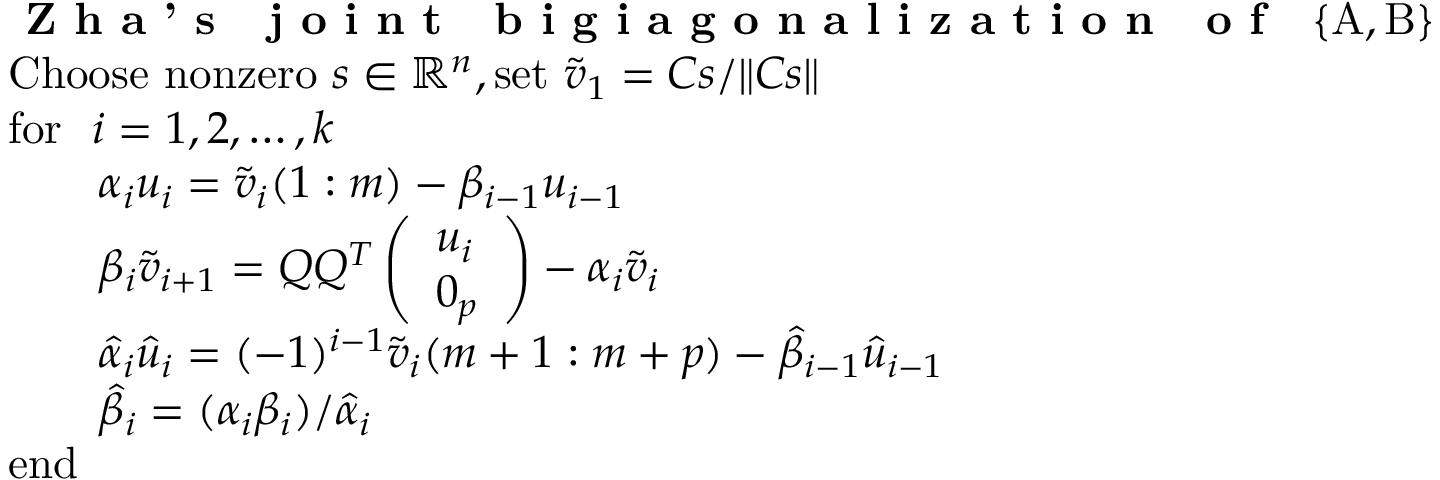
\begin{array} { r l } & { \mathrm { \textbf { Z h a ' s ~ j o i n t ~ b i g i a g o n a l i z a t i o n ~ o f } \ ~ \{ A , B \} ~ } } \\ & { \mathrm { C h o o s e ~ n o n z e r o } \ s \in \mathbb { R } ^ { n } , \mathrm { s e t } \ \tilde { v } _ { 1 } = C s / \| C s \| } \\ & { \mathrm { f o r } \ \ i = 1 , 2 , \dots , k } \\ & { \ \ \ \ \ \ \alpha _ { i } u _ { i } = \tilde { v } _ { i } ( 1 : m ) - \beta _ { i - 1 } u _ { i - 1 } } \\ & { \ \ \ \ \ \ \beta _ { i } \tilde { v } _ { i + 1 } = Q Q ^ { T } \left( \begin{array} { l } { u _ { i } } \\ { 0 _ { p } } \end{array} \right) - \alpha _ { i } \tilde { v } _ { i } } \\ & { \ \ \ \ \ \ \hat { \alpha } _ { i } \hat { u } _ { i } = ( - 1 ) ^ { i - 1 } \tilde { v } _ { i } ( m + 1 : m + p ) - \hat { \beta } _ { i - 1 } \hat { u } _ { i - 1 } } \\ & { \ \ \ \ \ \ \hat { \beta } _ { i } = ( \alpha _ { i } \beta _ { i } ) / \hat { \alpha } _ { i } } \\ & { \mathrm { e n d } } \end{array}